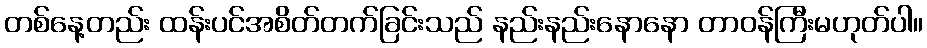
တစ်နေ့တည်း ထန်းပင်အစိတ်တက်ခြင်းသည် နည်းနည်းနောနော တာဝန်ကြီးမဟုတ်ပါ။